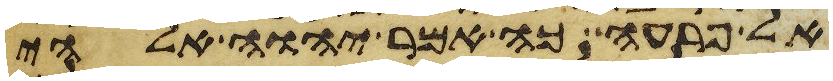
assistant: אל פרעה כה אמר יהוה אלהי